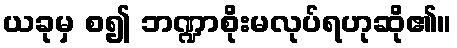
ယခုမှ စ၍ ဘဏ္ဍာစိုးမလုပ်ရဟုဆို၏။